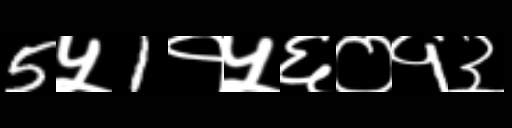
Text: 5५1१५६०१३